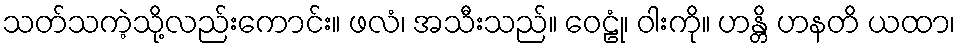
သတ်သကဲ့သို့လည်းကောင်း။ ဖလံ၊ အသီးသည်။ ဝေဠုံ၊ ဝါးကို။ ဟန္တိ ဟနတိ ယထာ၊